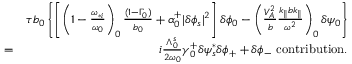
\begin{array} { r l r } & { } & { \tau b _ { 0 } \left\{ \left[ \left( 1 - \frac { \omega _ { * i } } { \omega _ { 0 } } \right) _ { 0 } \frac { ( 1 - \Gamma _ { 0 } ) } { b _ { 0 } } + \alpha _ { 0 } ^ { + } \lvert \delta \phi _ { s } \rvert ^ { 2 } \right] \delta \phi _ { 0 } - \left( \frac { V _ { A } ^ { 2 } } { b } \frac { k _ { \parallel } b k _ { \parallel } } { \omega ^ { 2 } } \right) _ { 0 } \delta \psi _ { 0 } \right\} } \\ & { = } & { i \frac { \Lambda _ { 0 } ^ { s } } { 2 \omega _ { 0 } } \gamma _ { 0 } ^ { + } \delta \psi _ { s } ^ { * } \delta \phi _ { + } + \delta \phi _ { - } \ \mathrm { c o n t r i b u t i o n } . } \end{array}